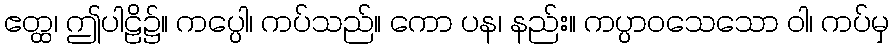
ဧတ္ထ၊ ဤပါဠိ၌။ ကပ္ပေါ၊ ကပ်သည်။ ကော ပန၊ နည်း။ ကပ္ပာဝသေသော ဝါ၊ ကပ်မှ